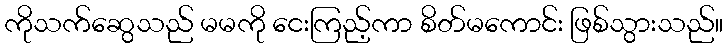
ကိုသက်ဆွေသည် မမကို ငေးကြည့်ကာ စိတ်မကောင်း ဖြစ်သွားသည်။